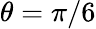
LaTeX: \theta=\pi/6